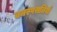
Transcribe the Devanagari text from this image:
वनस्पसतियों